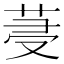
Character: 𦯈